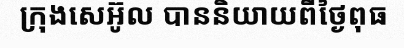
ក្រុងសេអ៊ូល បាននិយាយពីថ្ងៃពុធ